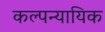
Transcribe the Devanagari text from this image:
कल्पन्यायिक